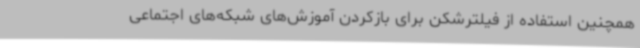
همچنین استفاده از فیلترشکن برای بازکردن آموزش‌های شبکه‌های اجتماعی